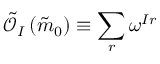
\tilde { \mathcal { O } } _ { I } \left( \tilde { m } _ { 0 } \right) \equiv \sum _ { r } \omega ^ { I r }